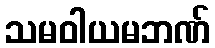
သမဝါယမဘဏ်